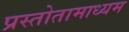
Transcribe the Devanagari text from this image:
प्रस्तोतामाध्यम